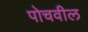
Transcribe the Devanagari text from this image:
पोचवील